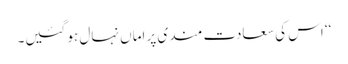
‘‘ اس کی سعادت مندی پر اماں نہال ہو گئیں۔